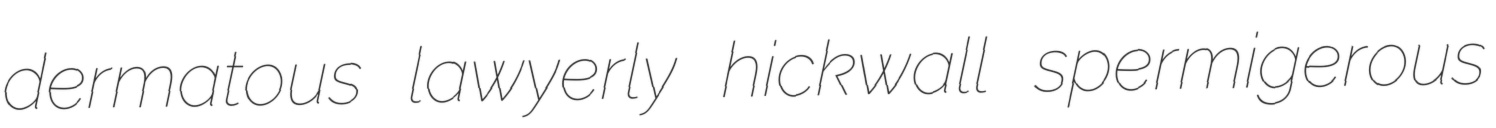
dermatous lawyerly hickwall spermigerous